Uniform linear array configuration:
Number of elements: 24
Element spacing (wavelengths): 0.25
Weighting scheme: hann
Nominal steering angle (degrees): -30
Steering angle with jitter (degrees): -28.078
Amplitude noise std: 0.05
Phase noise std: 0.05

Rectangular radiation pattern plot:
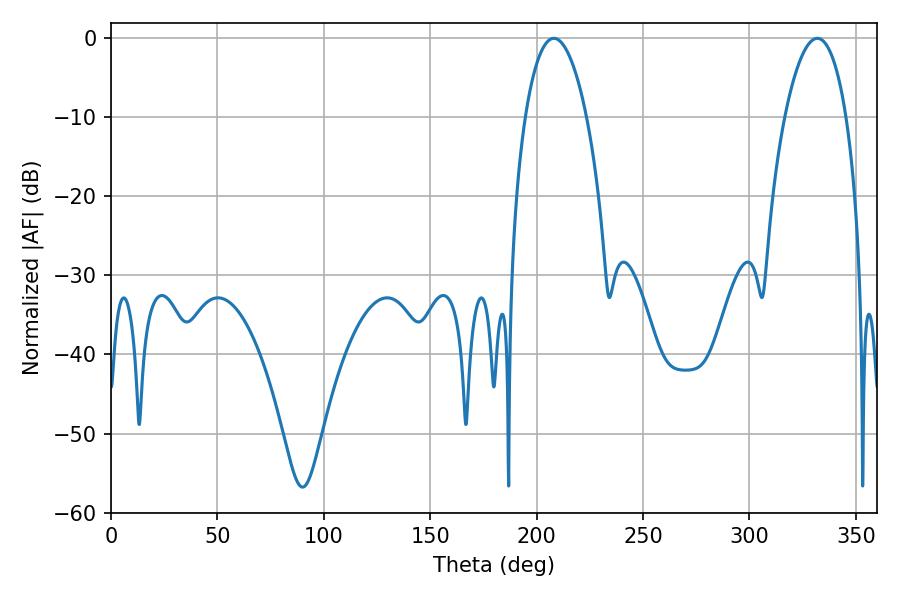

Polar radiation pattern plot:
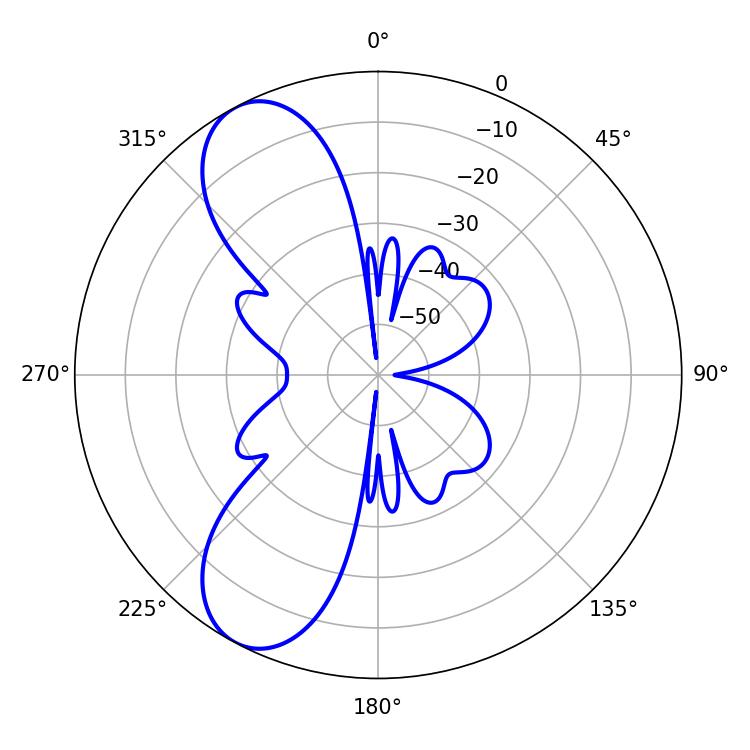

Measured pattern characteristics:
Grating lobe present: FALSE
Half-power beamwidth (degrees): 16.2
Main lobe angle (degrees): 208.08